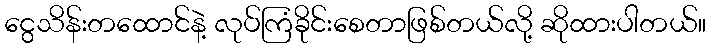
ငွေသိန်းတထောင်နဲ့ လုပ်ကြံခိုင်းစေတာဖြစ်တယ်လို့ ဆိုထားပါတယ်။